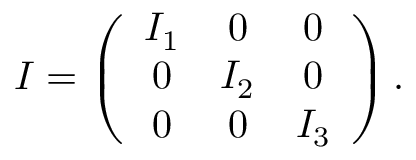
\begin{array} { r } { I = \left( \begin{array} { c c c } { I _ { 1 } } & { 0 } & { 0 } \\ { 0 } & { I _ { 2 } } & { 0 } \\ { 0 } & { 0 } & { I _ { 3 } } \end{array} \right) . } \end{array}